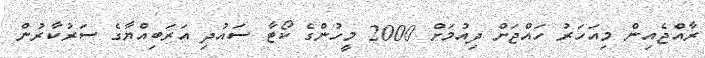
ރާއްޖެއިން މިއަހަރު ހައްޖަށް ދިއުމަށް 2000 މީހުންގެ ކޯޓާ ސައުދި އަރަބިއްޔާގެ ސަރުކާރުން